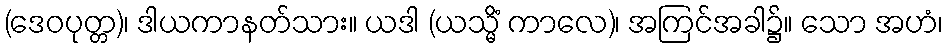
(ဒေဝပုတ္တ)၊ ဒါယကာနတ်သား။ ယဒါ (ယသ္မိံ ကာလေ)၊ အကြင်အခါ၌။ သော အဟံ၊